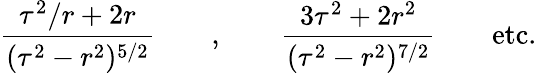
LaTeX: \frac{\tau^{2}/r+2r}{(\tau^{2}-r^{2})^{5/2}}\qquad,\qquad\frac{3\tau^{2}+2r^{2}}{(\tau^{2}-r^{2})^{7/2}}\qquad\mathrm{etc.}